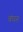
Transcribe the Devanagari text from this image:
बंघन